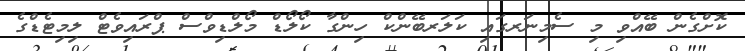
ކޮށްގެން ބޭއްވި މި ސެމިނަރގައި ކަލަރބޭންކް ހިންގާ ކޯލޯޑް މޯލްޑިވްސް ޕްރައިވެޓް ލިމިޓެޑްގެ